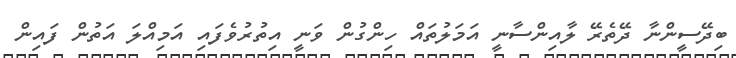
ބިދޭސީންނާ ދޭތެރޭ ލާއިންސާނީ އަމަލުތައް ހިންގުން ވަނީ އިތުރުވެފައި އަމިއްލަ އަތުން ފައިން